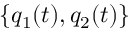
\{ q _ { 1 } ( t ) , q _ { 2 } ( t ) \}